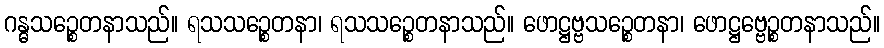
ဂန္ဓသဉ္စေတနာသည်။ ရသသဉ္စေတနာ၊ ရသသဉ္စေတနာသည်။ ဖောဋ္ဌဗ္ဗသဉ္စေတနာ၊ ဖောဋ္ဌဗ္ဗေဉ္စတနာသည်။